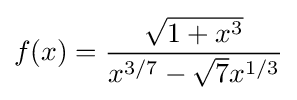
f(x)={\frac {\sqrt {1+x^{3}}}{x^{3/7}-{\sqrt {7}}x^{1/3}}}